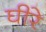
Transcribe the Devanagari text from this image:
घीरे